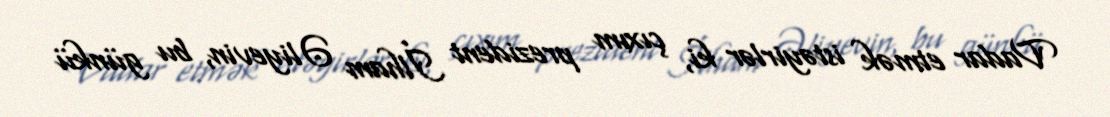
Vadar etmək istəyirlər ki, çıxım prezident İlham Əliyevin, bu günkü